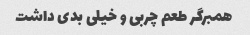
همبرگر طعم چربی و خیلی بدی داشت